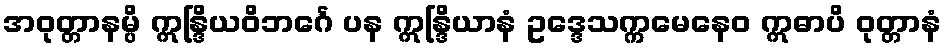
အဝုတ္တာနမ္ပိ ဣန္ဒြိယဝိဘင်္ဂေ ပန ဣန္ဒြိယာနံ ဥဒ္ဒေသက္ကမေနေဝ ဣဓာပိ ဝုတ္တာနံ